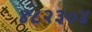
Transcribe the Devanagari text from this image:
४८२३०४